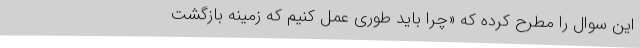
این سوال را مطرح کرده که «چرا باید طوری عمل کنیم که زمینه بازگشت